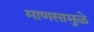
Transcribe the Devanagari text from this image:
माणसामुळे